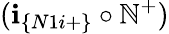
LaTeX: (\textbf{i}_{\{ N1i+\} }\circ\mathbb{N}^{+})